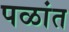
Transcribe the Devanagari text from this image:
पळांत